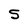
Character: S